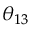
\theta _ { 1 3 }